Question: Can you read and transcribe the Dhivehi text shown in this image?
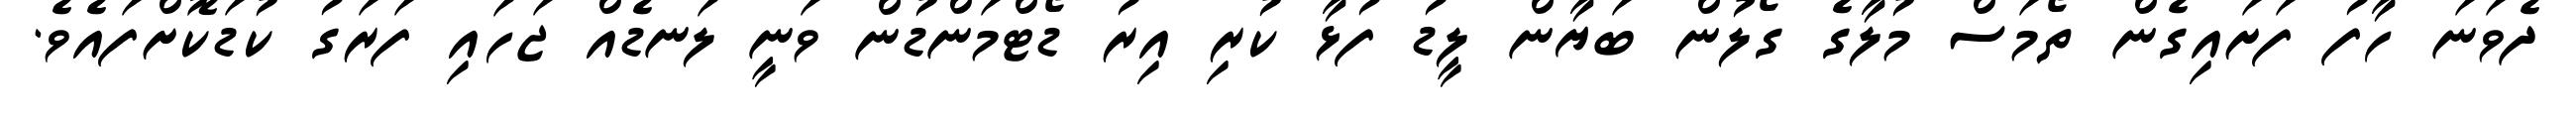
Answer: ދެވަނަ ހާފު ފަށައިގެން ތޯމަސް މުލާގެ ގޯލުން ބަޔާން ލީޑު ފުޅާ ކުރި އިރު ޑޯޓްމަންޑުން ވަނީ ލަނޑެއް ޖަހައި ފަރަގު ކުޑަކޮށްފައެވެ.